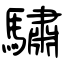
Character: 驌